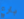
بارع